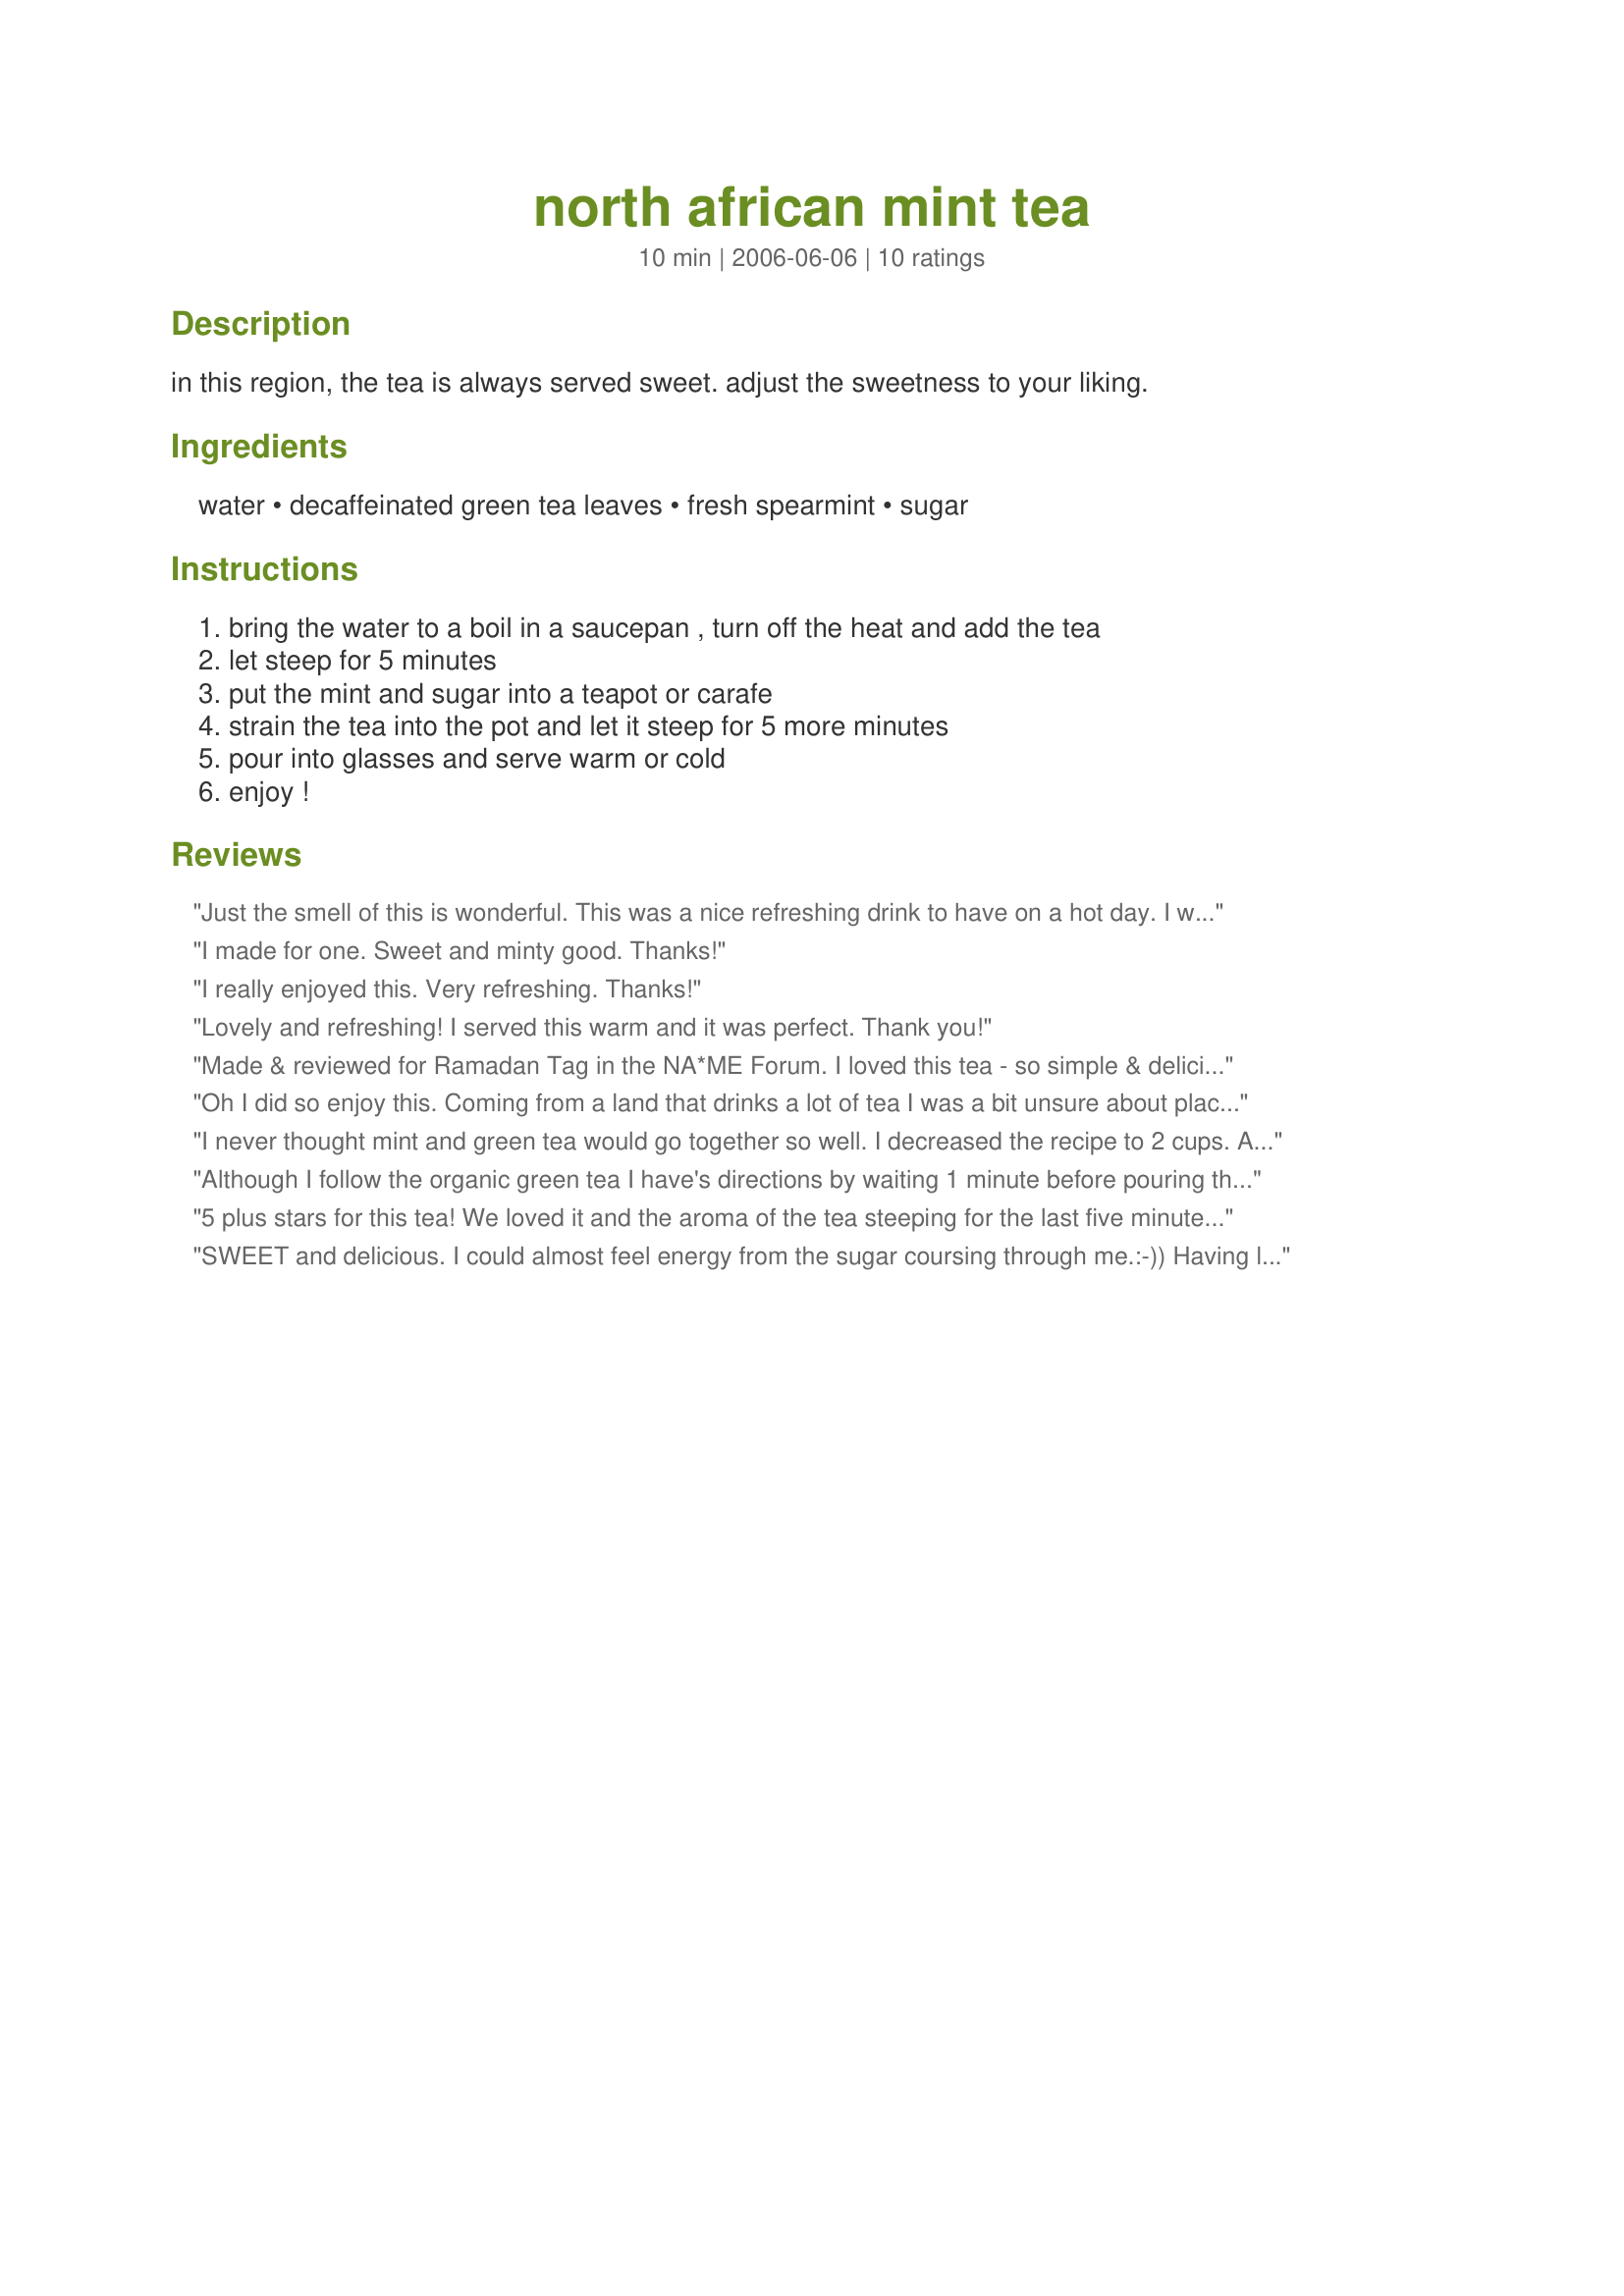
north african mint tea
Preparation time: 10 minutes

in this region, the tea is always served sweet. adjust the sweetness to your liking.

Ingredients:
water, decaffeinated green tea leaves, fresh spearmint, sugar

Steps:
bring the water to a boil in a saucepan , turn off the heat and add the tea, let steep for 5 minutes, put the mint and sugar into a teapot or carafe, strain the tea into the pot and let it steep for 5 more minutes, pour into glasses and serve warm or cold, enjoy !

Reviews:
Just the smell of this is wonderful. This was a nice refreshing drink to have on a hot day. I would retry this hot on a cold day. I let it seep alittle bit longer and we used Equal sugar. Thank you for posting this.
I made for one. Sweet and minty good. Thanks!
I really enjoyed this. Very refreshing. Thanks!
Lovely and refreshing! I served this warm and it was perfect. Thank you!
Made & reviewed for Ramadan Tag in the NA*ME Forum. I loved this tea - so simple & delicious......I used 1/2 cup extra of fresh mint from the garden & used chinese gunpowder green tea but otherwise kept to the recipe. The family really enjoyed this after dinner ~ thanks Sharon for a great recipe.
Oh I did so enjoy this. Coming from a land that drinks a lot of tea I was a bit unsure about placing the sugar in at Step 2. As there is only me drinking tea in the house I halved the recipe. I am suffering from a severe cold at the moment and the tea gave me a good lift. I will certainly keep making it and I am sure it would work well in summer as a cold tea. Thanks Sharon
I never thought mint and green tea would go together so well. I decreased the recipe to 2 cups. All the benefits of green tea plus the ones from mint, I will have this often :) Thank you Sharon! Made for Swizzle Chick and ZWT6.
Although I follow the organic green tea I have's directions by waiting 1 minute before pouring the water over the tea bags and then steeping just 3 minutes this is good. Made for ZWT6 NA*ME region for my team, The Ya Ya Cookerhood.
5 plus stars for this tea! We loved it and the aroma of the tea steeping for the last five minutes, wonderful! Served in a large glass with ice and enjoyed!
SWEET and delicious. I could almost feel energy from the sugar coursing through me.:-))
Having lived in the U.S. South for many years, I am used to--and like, on occasion--sweet tea, so this was lovely. The mint really comes through. Thanks for posting!
